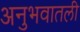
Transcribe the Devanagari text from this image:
अनुभवातली